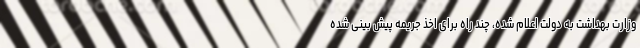
وزارت بهداشت به دولت اعلام شده، چند راه برای اخذ جریمه پیش بینی شده